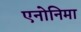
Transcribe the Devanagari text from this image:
एनोनिमा